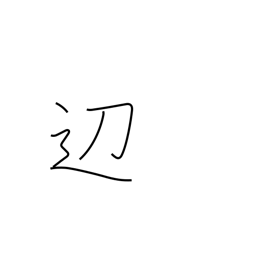
Meaning: border